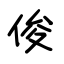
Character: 俊